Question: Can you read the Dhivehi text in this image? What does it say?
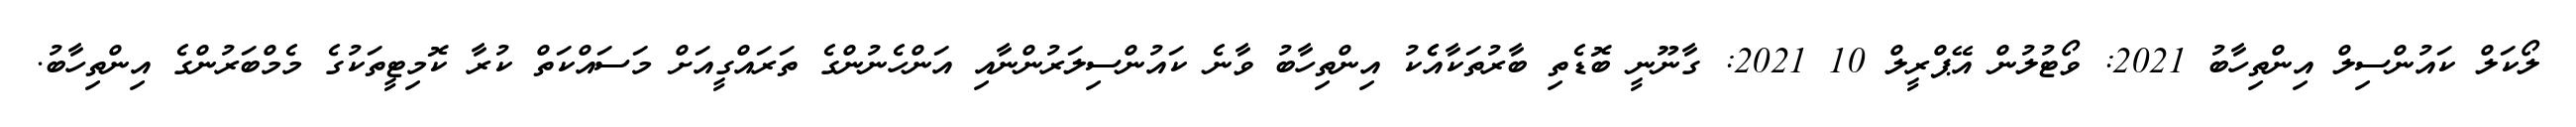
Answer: ލޯކަލް ކައުންސިލް އިންތިހާބު 2021: ވޯޓުލުން އޭޕްރީލް 10 2021: ގާނޫނީ ބޮޑެތި ބާރުތަކާއެެކު އިންތިހާބު ވާނެ ކައުންސިލަރުންނާއި އަންހެނުންގެ ތަރައްގީއަށް މަސައްކަތް ކުރާ ކޮމިޓީތަކުގެ މެމްބަރުންގެ އިންތިހާބު.